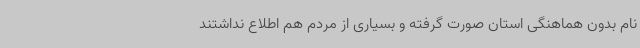
نام بدون هماهنگی استان صورت گرفته و بسیاری از مردم هم اطلاع نداشتند